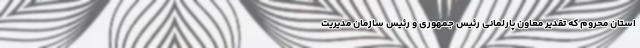
استان محروم که تقدیر معاون پارلمانی رئیس جمهوری و رئیس سازمان مدیریت